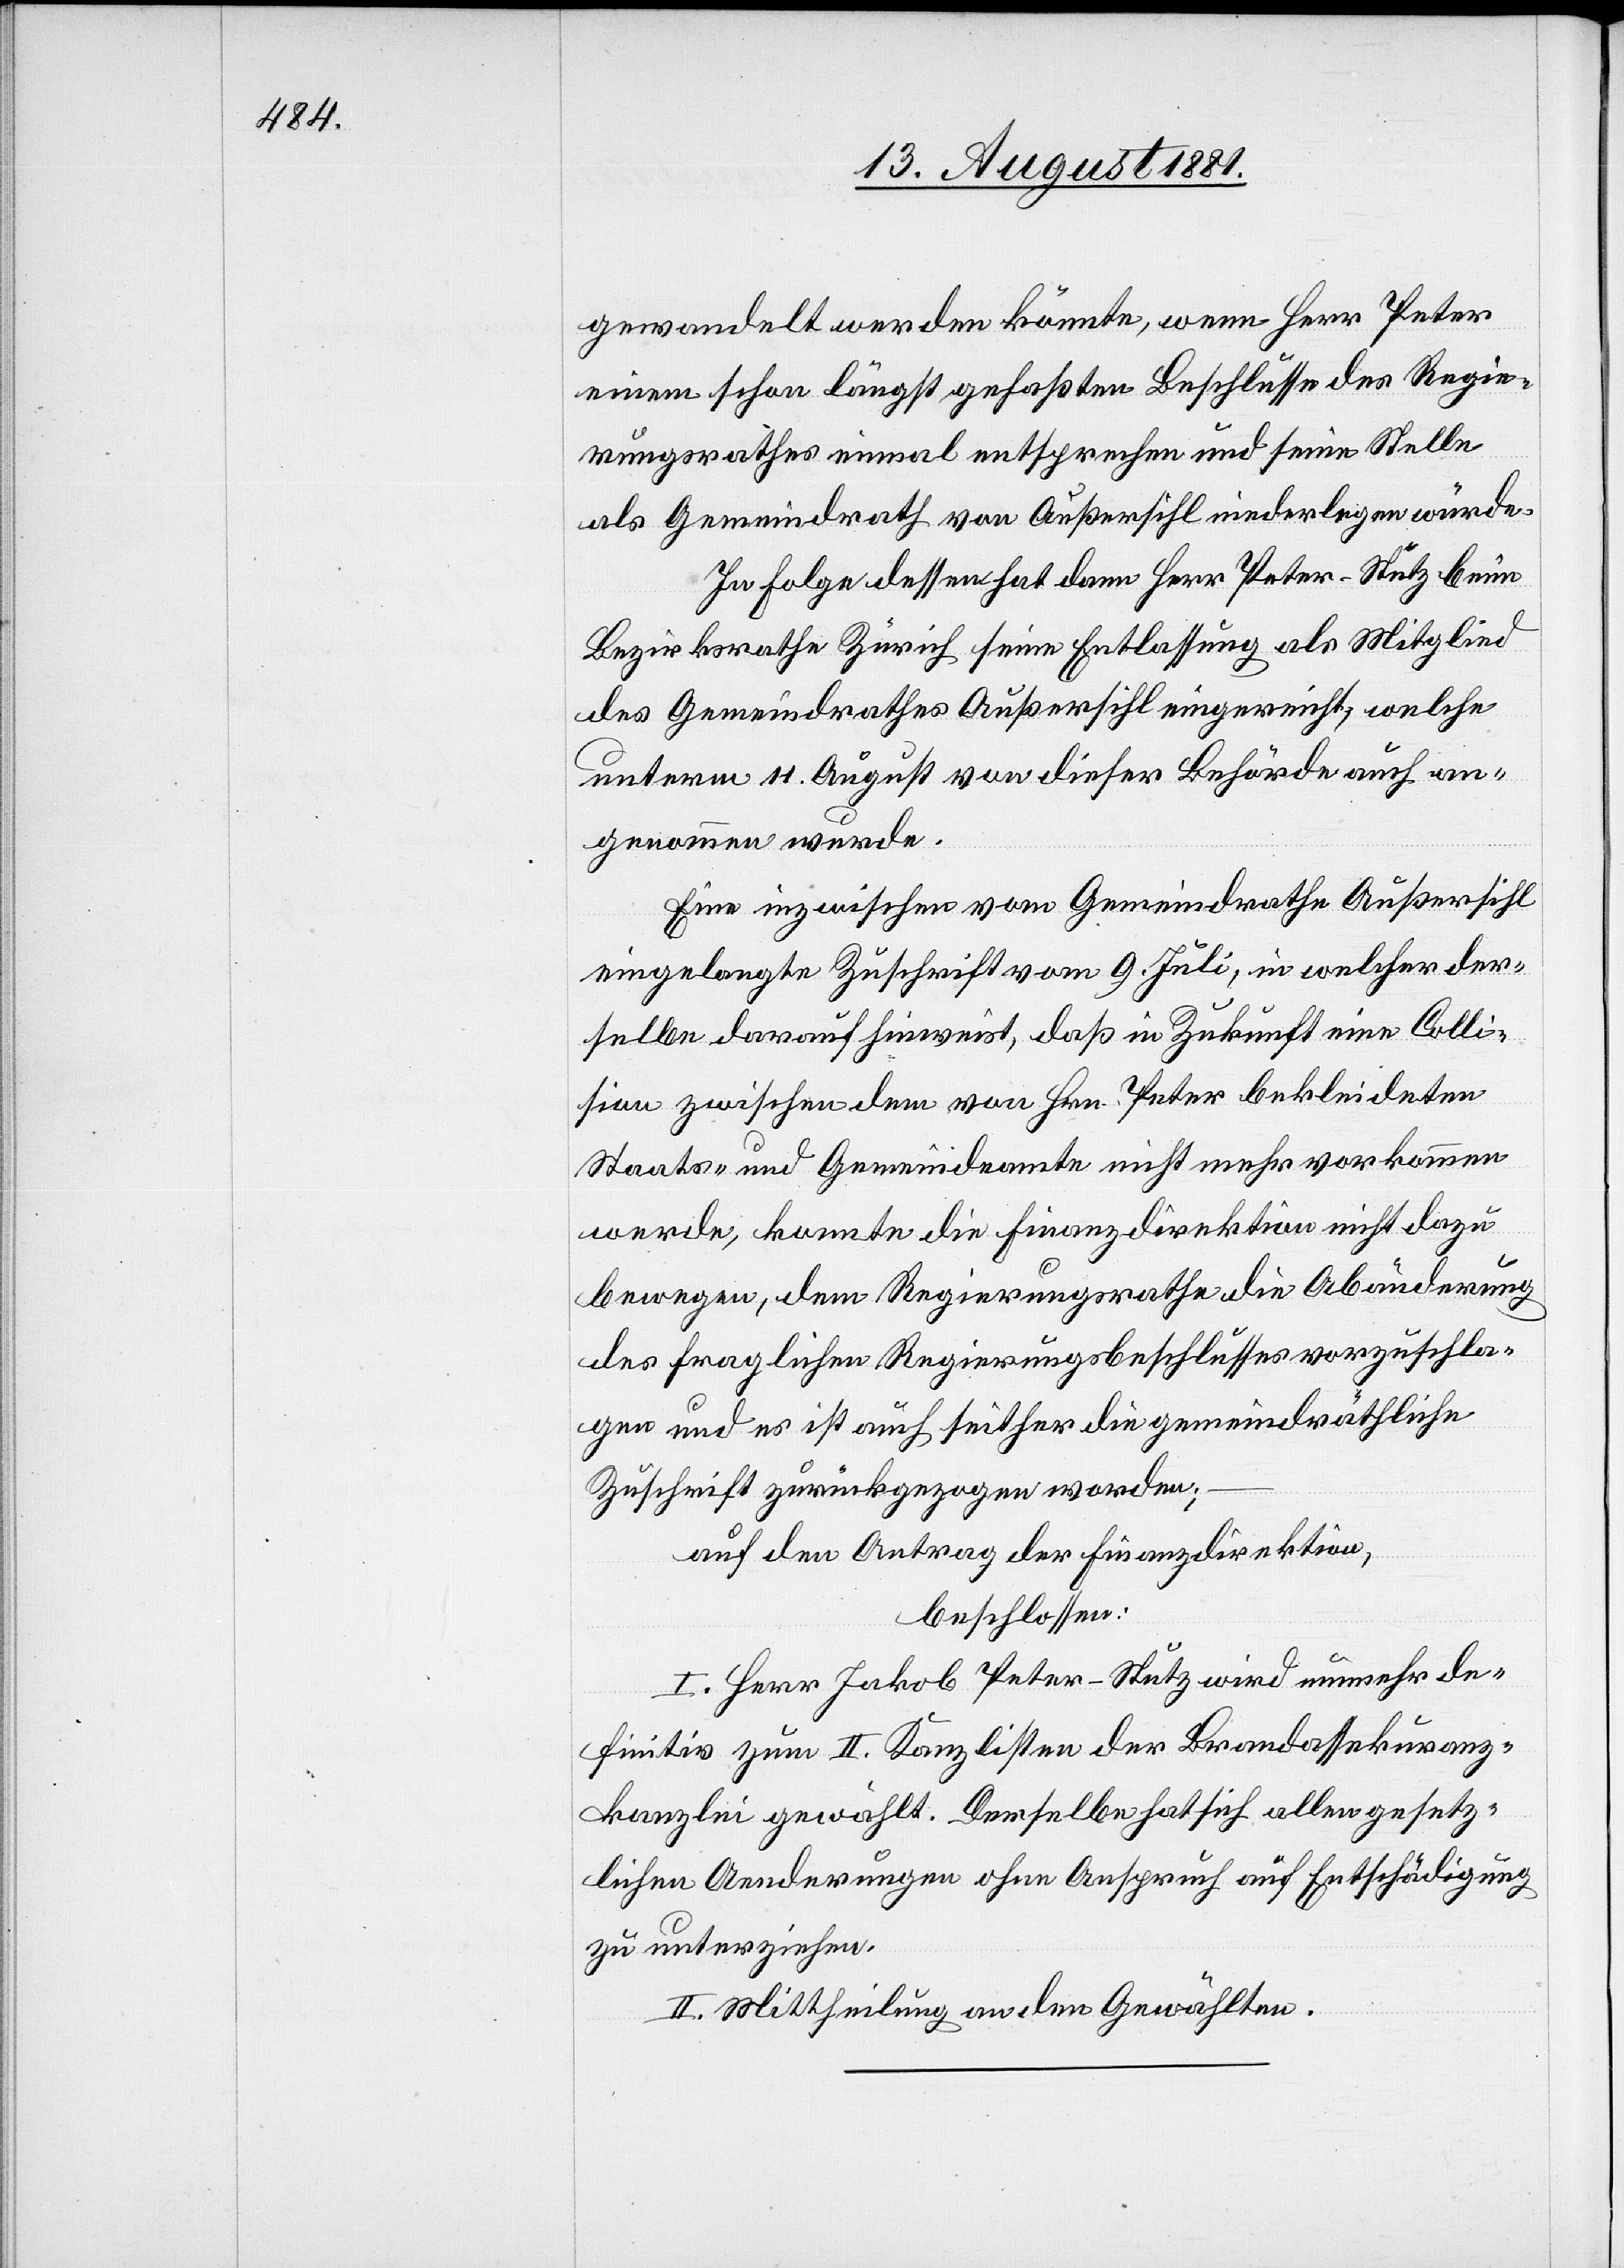
gewandelt werden könnte, wenn Herr Peter
einen schon längst gefaßten Beschlusse des Regie¬
rungsrathes einmal entsprechen und seine Stelle
als Gemeindrath von Außersihl niederlegen würde.
In Folge dessen hat dann Herr Peter-Stutz beim
Bezirksrathe Zürich seine Entlassung als Mitglied
des Gemeindrathes Außersihl eingereicht, welche
unterm 11. August von dieser Behörde auch an¬
genommen wurde.
Eine inzwischen vom Gemeindrathe Außersihl
eingelangte Zuschrift vom 9. Juli, in welcher der¬
selbe darauf hinweist, daß in Zukunft eine Colli¬
sion zwischen dem von Hrn. Peter bekleideten
Staats- und Gemeindeamte nicht mehr vorkommen
werde, konnte die Finanzdirektion nicht dazu
bewegen, dem Regierungsrathe die Abänderung
des fraglichen Regierungsbeschlusses vorzuschla¬
gen und es ist auch seither die gemeindräthliche
Zuschrift zurückgezogen worden;
auf den Antrag der Finanzdirektion,
beschlossen:
I. Herr Jakob Peter-Stutz wird nunmehr de¬
finitiv zum II. Kanzlisten der Brandassekuranz¬
kanzlei gewählt. Derselbe hat sich allen gesetz¬
lichen Aenderungen ohne Anspruch auf Entschädigung
zu unterziehen.
II. Mittheilung an den Gewählten.